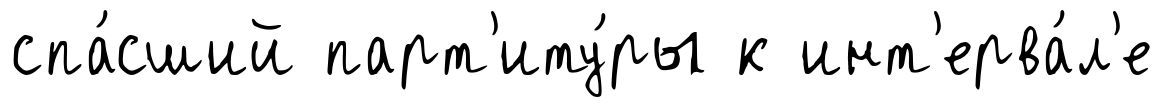
спа́сший парт'иту́ры к инт'ерва́л'е